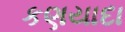
કણયાદા